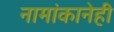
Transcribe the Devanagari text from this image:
नामांकानेही